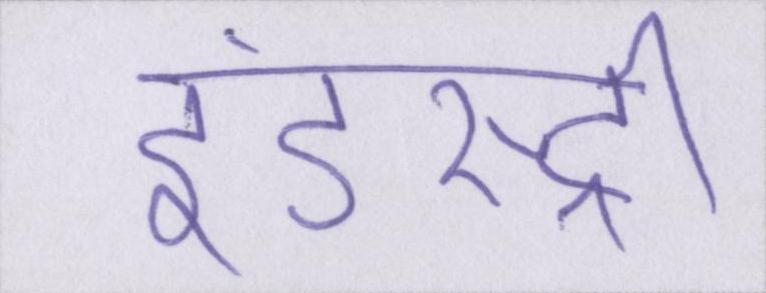
इंडस्ट्री